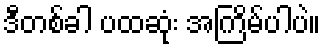
ဒီတစ်ခါ ပထဆုံး အကြိမ်ပါပဲ။